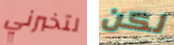
لتخبرني لكن